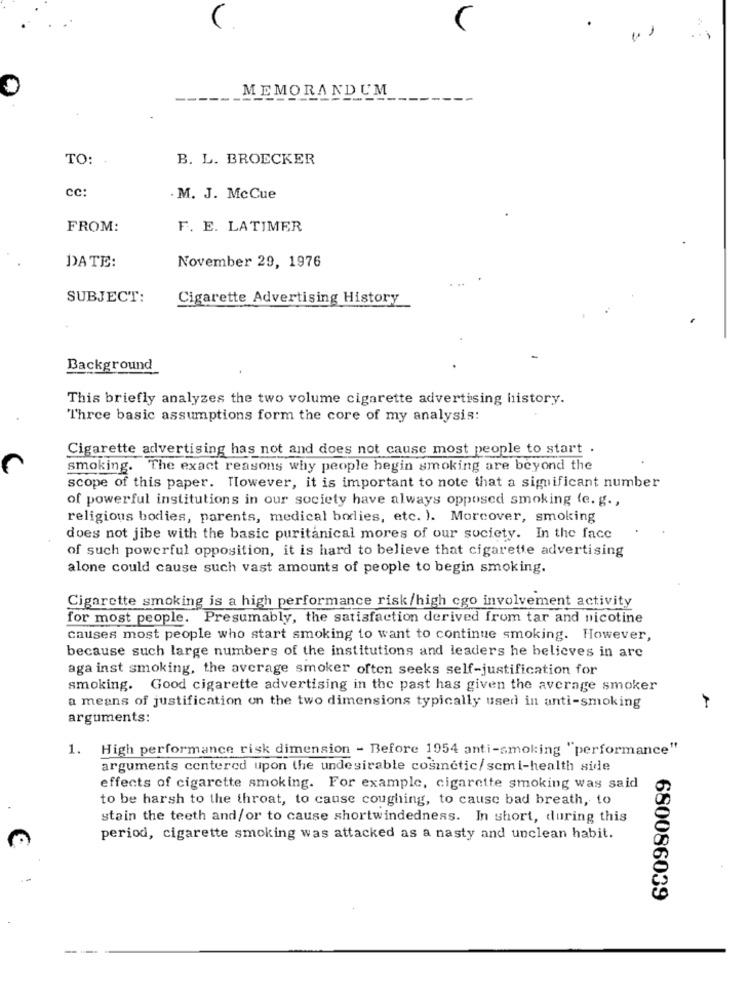
MEMORANDUM
TO:
B. L. BROECKER
cc:
.M. J. McCue
FROM:
F. E. LATIMER
DATE:
November 29, 1976
SUBJECT:
Cigarette Advertising History
Background
This briefly analyzes the two volume cigarette advertising history.
Three basic assumptions form the core of my analysis:
Cigarette advertising has not and does not cause most people to start .
smoking. The exact reasons why people begin smoking are beyond the
scope of this paper. However, it is important to note that a significant number
of powerful institutions in our society have always opposed smoking (e. g .,
religious bodies, parents, medical bodies, etc. ). Moreover, smoking
does not jibe with the basic puritanical mores of our society. In the face
of such powerful opposition, it is hard to believe that cigarette advertising
alone could cause such vast amounts of people to begin smoking.
Cigarette smoking is a high performance risk/high cgo involvement activity
for most people. Presumably, the satisfaction derived from tar and nicotine
causes most people who start smoking to want to continue smoking. However,
because such large numbers of the institutions and leaders he believes in arc
aga inst smoking, the average smoker often seeks self-justification for
smoking. Good cigarette advertising in the past has given the average smoker
a means of justification on the two dimensions typically used in anti-smoking
arguments:
1. High performance risk dimension - Before 1954 anti-smoking "performance"
arguments centered upon the undesirable cosmetic/semi-health side
effects of cigarette smoking. For example, cigarette smoking was said
to be harsh to the throat, to cause coughing, to cause bad breath, to
stain the teeth and/or to cause shortwindedness. In short, during this
period, cigarette smoking was attacked as a nasty and unclean habit.
680086039